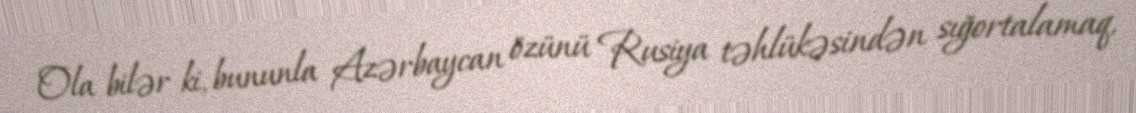
Ola bilər ki, bununla Azərbaycan özünü Rusiya təhlükəsindən sığortalamaq,